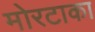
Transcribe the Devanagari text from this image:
मोरटाका